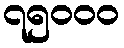
၇၅၀၀၀